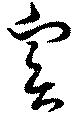
実